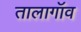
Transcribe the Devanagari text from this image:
तालागॉव